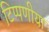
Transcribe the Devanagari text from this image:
टिप्पणीया